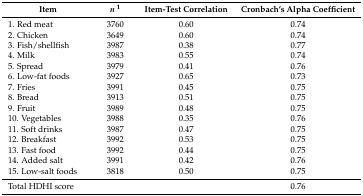
| Item | n1 | Item-Test Correlation | Cronbach’s Alpha Coefficient |
 | --- | --- | --- | --- |
 | 1. Red meat | 3760 | 0.60 | 0.74 |
 | 2. Chicken | 3649 | 0.60 | 0.74 |
 | 3. Fish/shellfish | 3987 | 0.38 | 0.77 |
 | 4. Milk | 3983 | 0.55 | 0.74 |
 | 5. Spread | 3979 | 0.41 | 0.76 |
 | 6. Low-fat foods | 3927 | 0.65 | 0.73 |
 | 7. Fries | 3991 | 0.45 | 0.75 |
 | 8. Bread | 3913 | 0.51 | 0.75 |
 | 9. Fruit | 3989 | 0.48 | 0.75 |
 | 10. Vegetables | 3988 | 0.35 | 0.76 |
 | 11. Soft drinks | 3987 | 0.47 | 0.75 |
 | 12. Breakfast | 3992 | 0.53 | 0.75 |
 | 13. Fast food | 3992 | 0.44 | 0.75 |
 | 14. Added salt | 3991 | 0.42 | 0.76 |
 | 15. Low-salt foods | 3818 | 0.50 | 0.75 |
 | Total HDHI score |  |  | 0.76 |